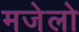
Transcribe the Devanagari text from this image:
मजेलो